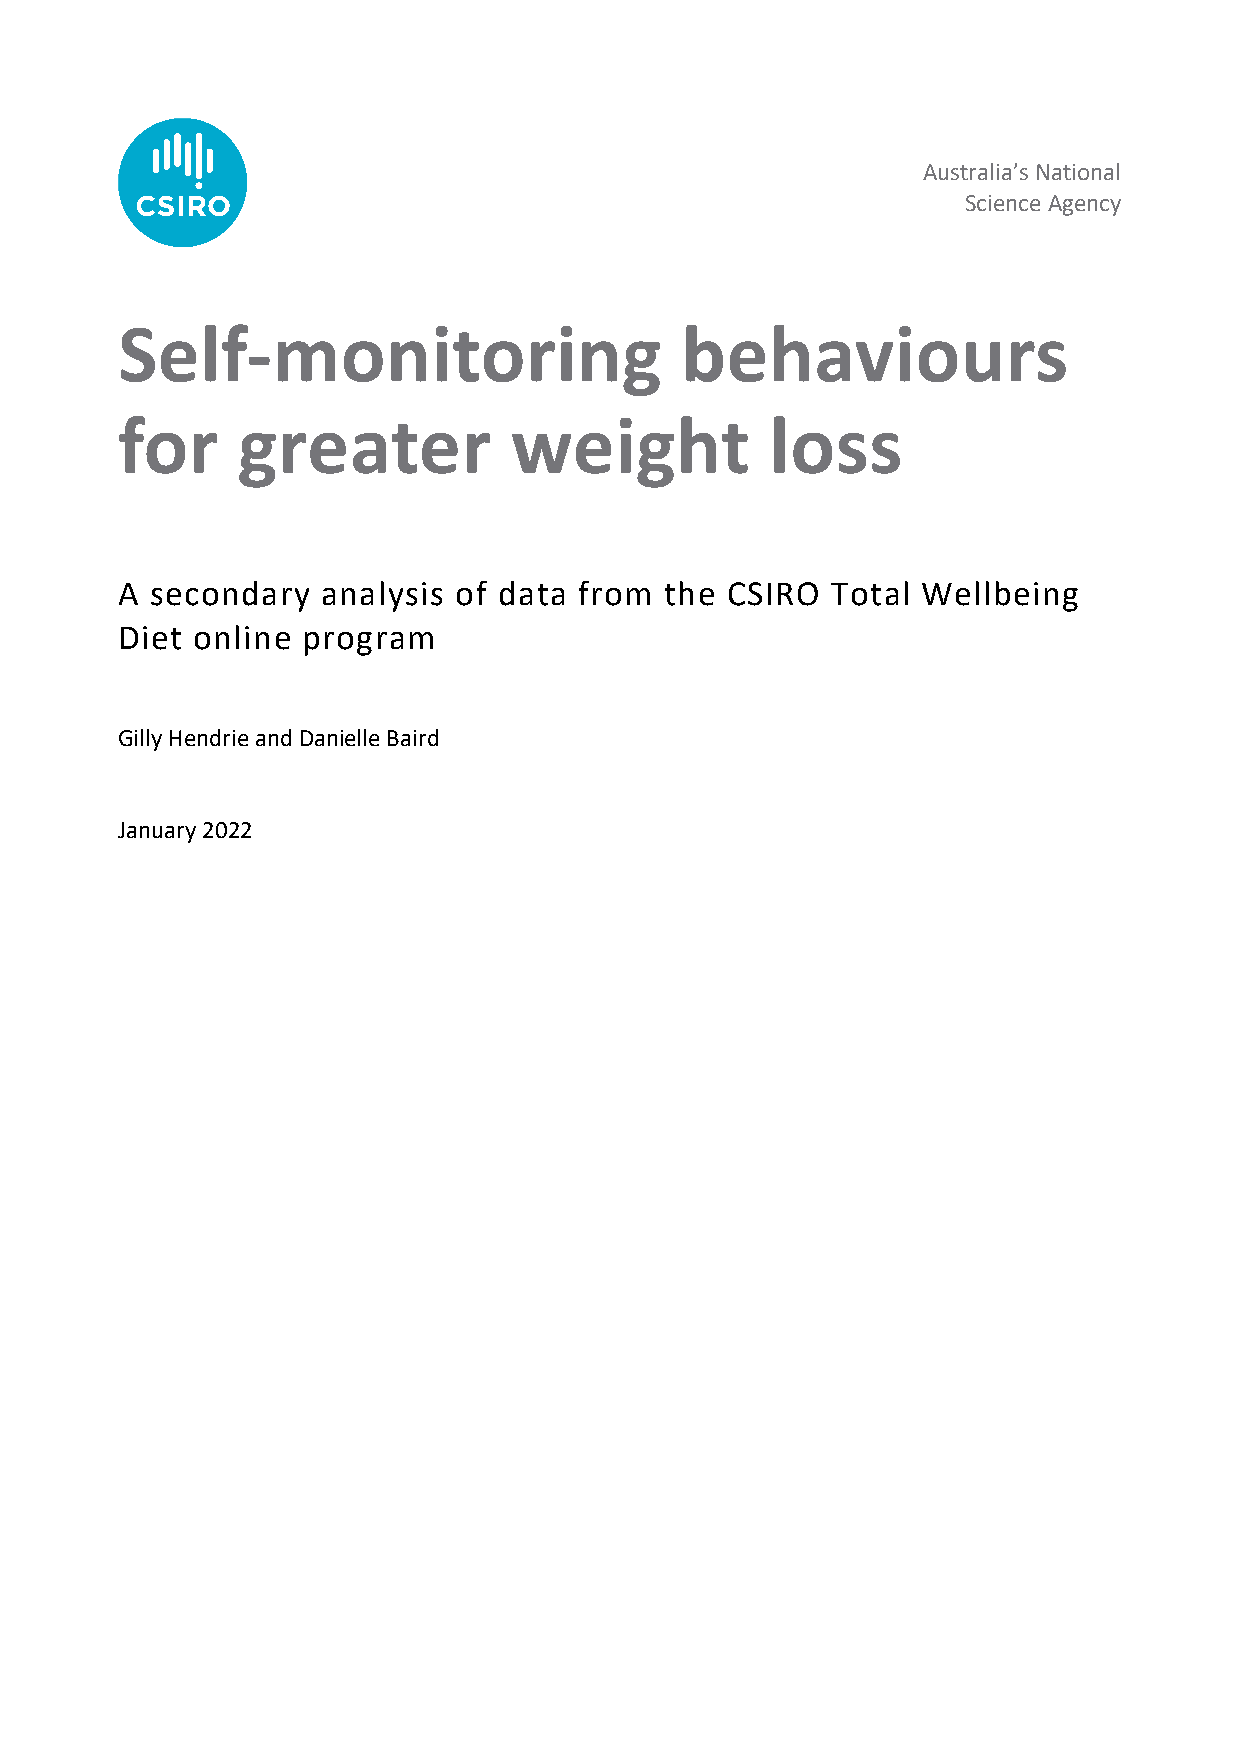
Australia’s National
 Science Agency
 Self-monitoring                      behaviours
 for     greater           weight           loss
 A secondary  analysis of data from  the CSIRO  Total Wellbeing
 Diet online program
 Gilly Hendrie and Danielle Baird
 January 2022